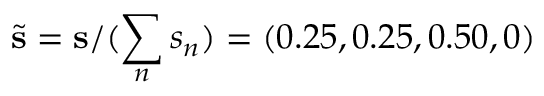
\tilde { \mathbf { s } } = \mathbf { s } / ( \sum _ { n } s _ { n } ) = ( 0 . 2 5 , 0 . 2 5 , 0 . 5 0 , 0 )